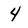
Character: 4